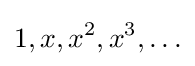
1,x,x^{2},x^{3},\ldots